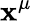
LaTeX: \mathbf{x}^{\mu}